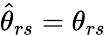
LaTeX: \hat{\theta}_{rs}=\theta_{rs}